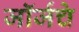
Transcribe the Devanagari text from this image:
जॉर्जचे